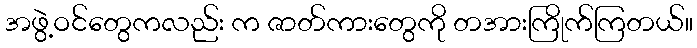
အဖွဲ့ဝင်တွေကလည်း က ဇာတ်ကားတွေကို တအားကြိုက်ကြတယ်။